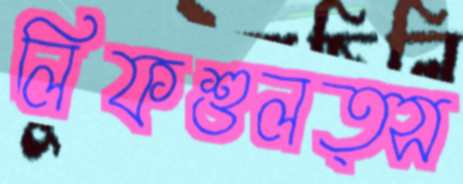
লিফশুলত্স